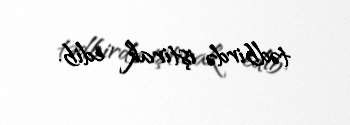
tədbirdə iştirak edib.